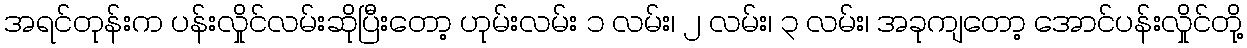
အရင်တုန်းက ပန်းလှိုင်လမ်းဆိုပြီးတော့ ဟုမ်းလမ်း ၁ လမ်း၊ ၂ လမ်း၊ ၃ လမ်း၊ အခုကျတော့ အောင်ပန်းလှိုင်တို့